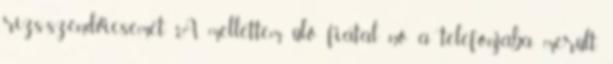
rízs-szendvicsemet. A mellettem ülő fiatal nő a telefonjába merült.